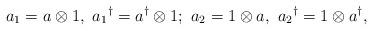
LaTeX: \begin{align*} a_1 = a \otimes 1,\ {a_1}^{\dagger} = a^{\dagger} \otimes 1;\ a_2 = 1 \otimes a,\ {a_2}^{\dagger} = 1 \otimes a^{\dagger},\end{align*}